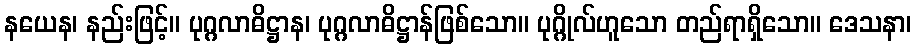
နယေန၊ နည်းဖြင့်။ ပုဂ္ဂလာဓိဋ္ဌာန၊ ပုဂ္ဂလာဓိဋ္ဌာန်ဖြစ်သော။ ပုဂ္ဂိုလ်ဟူသော တည်ရာရှိသော။ ဒေသနာ၊